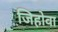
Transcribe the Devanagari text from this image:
जिहोवा